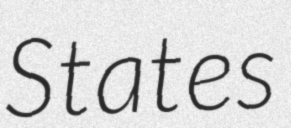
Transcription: States